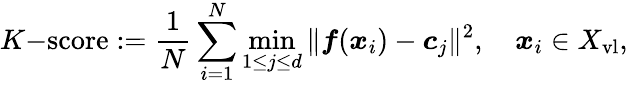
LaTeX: K\mathrm{-score}:=\frac{1}{N}\sum_{i=1}^{N}\operatorname*{min}_{1\leq j\leq d}\| \boldsymbol{f}(\boldsymbol{x}_{i})-\boldsymbol{c}_{j}\| ^{2},\quad\boldsymbol{x}_{i}\in X_{\mathrm{vl}},